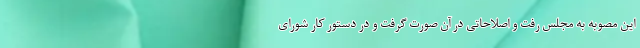
این مصوبه به مجلس رفت و اصلاحاتی در آن صورت گرفت و در دستور کار شورای